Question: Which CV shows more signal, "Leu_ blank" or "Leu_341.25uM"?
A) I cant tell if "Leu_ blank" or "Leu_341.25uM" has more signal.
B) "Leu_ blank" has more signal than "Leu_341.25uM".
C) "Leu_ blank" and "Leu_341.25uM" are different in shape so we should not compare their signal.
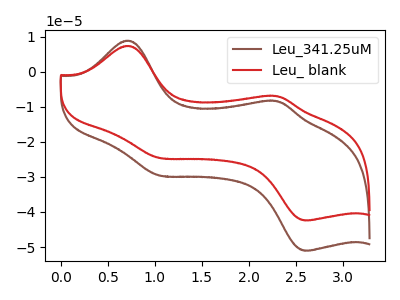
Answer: <think>The brown curve "Leu_341.25uM" has anodic peaks at (0.70V, 8.85uA) (2.30V, -8.40uA) and cathodic peaks at (1.05V, -29.60uA) (2.65V, -51.05uA). The red curve "Leu_ blank" has anodic peaks at (0.70V, 7.35uA) (2.30V, -7.00uA) and cathodic peaks at (1.05V, -24.60uA) (2.65V, -42.40uA).
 All the peaks in "Leu_ blank" have a peak in "Leu_341.25uM" at the same potential.</think>
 <answer>A) I cant tell if "Leu_ blank" or "Leu_341.25uM" has more signal.</answer>
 <eval>A</eval>